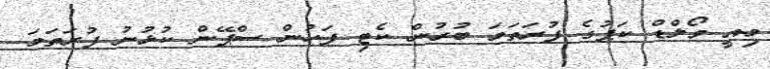
މިއީ ވޯލްޑް ކަޕުގެ ފުރަތަމަ ބުރުން ކެޓި ފަހުން ސްޕޭން ކުޅުނު ފުރަތަމަ